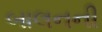
બાલનની